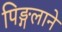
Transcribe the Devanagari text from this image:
पिङ्गलाने